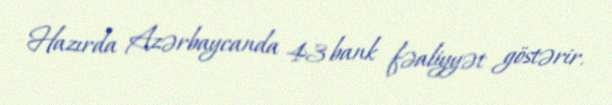
Hazırda Azərbaycanda 43 bank fəaliyyət göstərir.